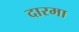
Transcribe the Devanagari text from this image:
दारमा